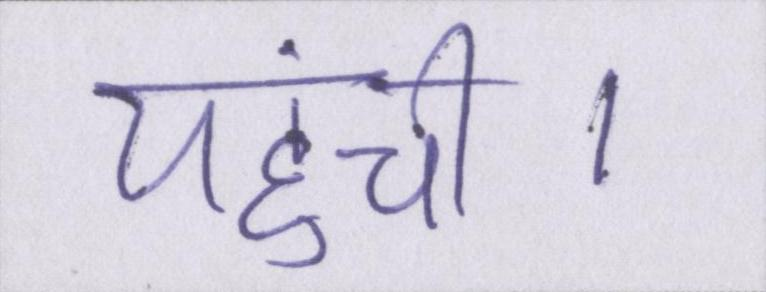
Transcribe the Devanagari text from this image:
पहुंची।